Vital statistics of India. Vol. VI, European troops 1870-79
Year: 1870
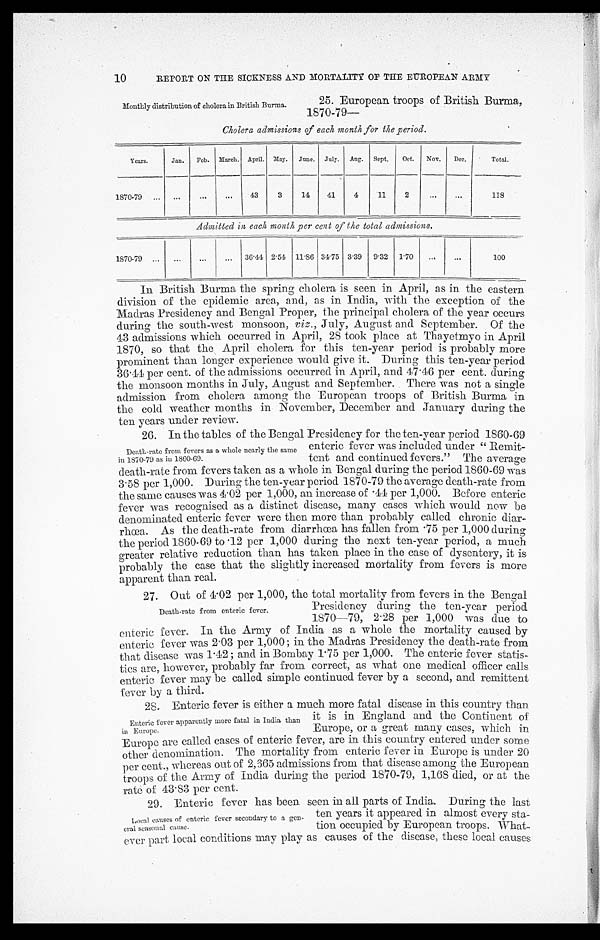
10
REPORT ON THE SICKNESS AND MORTALITY OF THE EUROPEAN ARMY
Monthly distribution of cholera in British Burma.
25. European troops of British Burma,
1870-79—
Cholera admissions of each month for the period.
Years.
Jan.
Feb.
March.
April.
May.
June.
July.
Aug.
Sept.
Oct.
Nov.
Dec.
Total.
1870-79
...
. . .
...
43
3
14
41
4
11
2
...
...
1 1 8
Admitted in each month per cent of t h e t o t a l a d m i s s i o n s .
1870-79
. . .
...
...
36.44 2.54
11.86 34.75 3.39
9.32
1.70
. . .
...
100
In British Burma the spring cholera is seen in April, as in the eastern
division of the epidemic area, and, as in India, with the exception of the
Madras Presidency and Bengal Proper, the principal cholera of the year occurs
during the south-west monsoon, viz ., July, August and September. Of the
43 admissions which occurred in April, 28 took place at Thayetmyo in April
1870, so that the April cholera for this ten-year period is probably more
prominent than longer experience would give it. During this ten-year period
36.44 per cent. of the admissions occurred in April, and 47.46 per cent. during
the monsoon months in July, August and September. There was not a single
admission from cholera among the European troops of British Burma in
the cold weather months in November, December and January during the
ten years under review.
26. In the tables of the Bengal Presidency for the ten -year period 1860-69
Death-rate from fevers as a whole nearly the same
in 1870-79 as in 1860-69.
enteric fever was included under " Remit-
tent and continued fevers." The average
death-rate from fevers taken as a whole in Bengal during the period 1860-69 was
3.58 per 1,000. During the ten-year period 1870-79 the average death-rate from
the same causes was 4.02 per 1,000, an increase of .44 per 1,000. Before enteric
fever was recognised as a distinct disease, many cases which would now be
denominated enteric fever were then more than probably called chronic diar-
rhoea. As the death-rate from diarrhoea has fallen from .75 per 1,000 during
the period 1860-69 to .12 per 1,000 during the next ten-year period, a much
greater relative reduction than has taken place in the case of dysentery, it is
probably the case that the slightly increased mortality from fevers is more
apparent than real.
27. Out of 4.02 per 1,000, the total mortality from fevers in the Bengal
Death-rate from enteric fever.
Presidency during the ten-year period
1870-79, 2.28 per 1,000 was due to
enteric fever. in the Army of India as a whole the mortality caused by
enteric fever was 2 . 03 per 1,000 ; in the Madras Presidency the death-rate from
that disease was 1.12 ; and in Bombay 1.75 per 1,000. The enteric fever statis-
tics are, however, probably far from correct, as what one medical officer calls
enteric fever may be called simple continued fever by a second, and remittent
fever by a third.
28. Enteric fever is either a mach more fatal disease in this country than
Enteric fever apparently more fatal in Idia than
in Europe.
it is in England and the Continent of
Europe. or a great many cases, which in
Europe are called cases of enteric fever, are in this country entered under some
other denomination. The mortality from enteric fever in Europe is under 20
per cent., whereas out of 2,665 admissions from that disease among the European
troops of the Army of India during the period 1870-79, 1,168 died, or at the
rate of 43.83 per cent.
29. Enteric fever has been. seen in all parts of India. During the last
Local causes of enteric fever secondary to a gen-
eral seasonal cause.
ten years it appeared in almost every sta-
tion occupied by European troops. What-
ever part local conditions may play as causes of the disease, these local causes